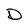
Character: D